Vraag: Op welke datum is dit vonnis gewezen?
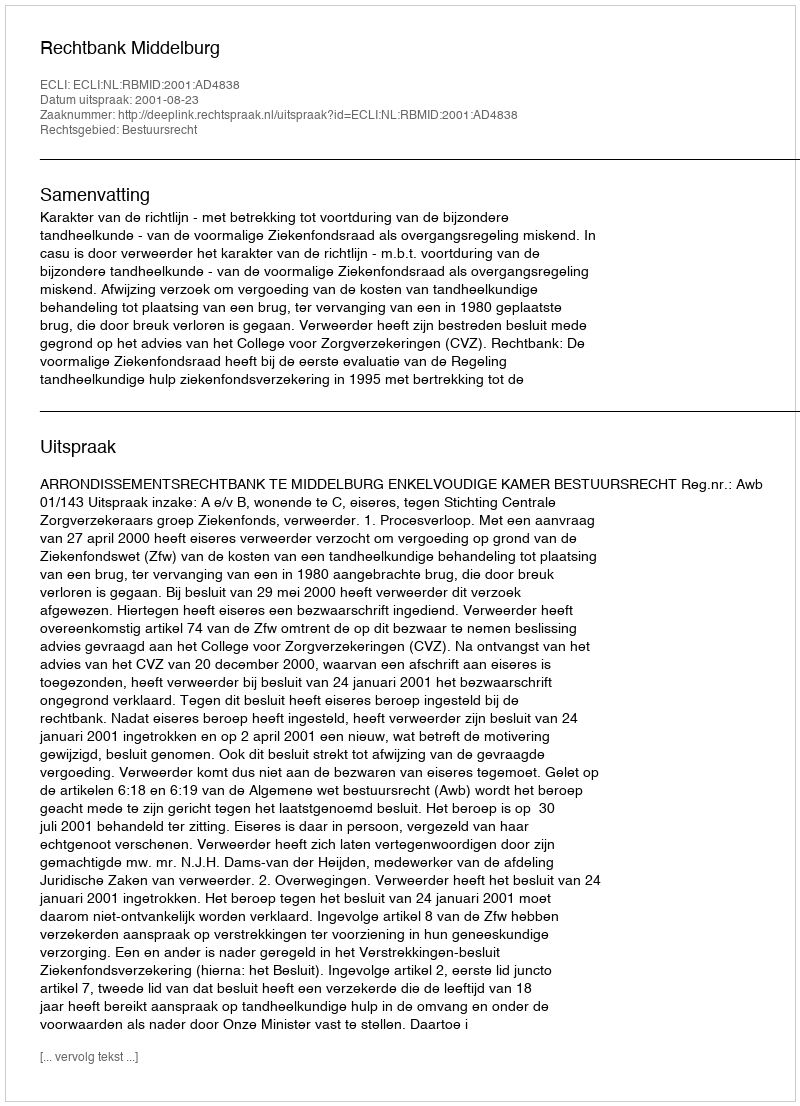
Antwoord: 2001-08-23